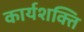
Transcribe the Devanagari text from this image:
कार्यशक्‍ति